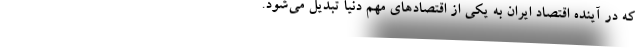
که در آینده اقتصاد ایران به یکی از اقتصادهای مهم دنیا تبدیل می‌شود.